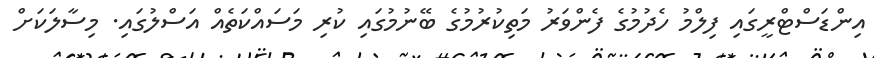
އިންޑަސްޓްރީގައި ފިލްމު ހެދުމުގެ ފެންވަރު މަތިކުރުމުގެ ބޭނުމުގައި ކުރި މަސައްކަތެއް އަސްލުގައި. މިސާލަކަށް